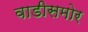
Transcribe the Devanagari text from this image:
वाडीसमोर